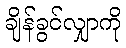
ချိန်ခွင်လျှာကို